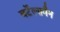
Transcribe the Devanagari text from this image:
बर्टेल्समैन